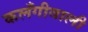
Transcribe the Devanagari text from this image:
कलँगीवाली